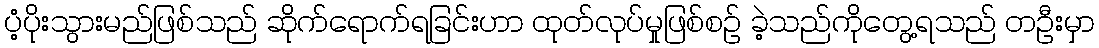
ပံ့ပိုးသွားမည်ဖြစ်သည် ဆိုက်ရောက်ရခြင်းဟာ ထုတ်လုပ်မှုဖြစ်စဉ် ခဲ့သည်ကိုတွေ့ရသည် တဦးမှာ